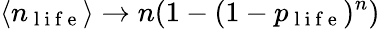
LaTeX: \langle n_{\mathrm{~l~i~f~e~}}\rangle\rightarrow n(1-(1-p_{\mathrm{~l~i~f~e~}})^{n})